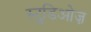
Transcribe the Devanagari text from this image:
स्टुडिओज़